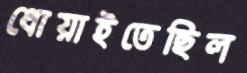
ধোয়াইতেছিল